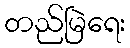
တည်မြဲရေး